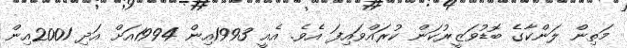
މަތިން ލަންކާގެ ބޮޑުވަޒީރުކަން ކުރައްވައިފަ އެވެ. އެއީ 1993އިން 1994އަށް އަދި 2001އިން